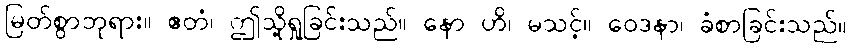
မြတ်စွာဘုရား။ ဧတံ၊ ဤသို့ရှုခြင်းသည်။ နော ဟိ၊ မသင့်။ ဝေဒနာ၊ ခံစာခြင်းသည်။